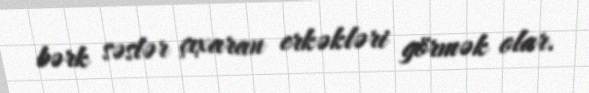
bərk səslər çıxaran erkəkləri görmək olar.